Indian journal of veterinary science and animal husbandry - Volume 2,
Year: 1932
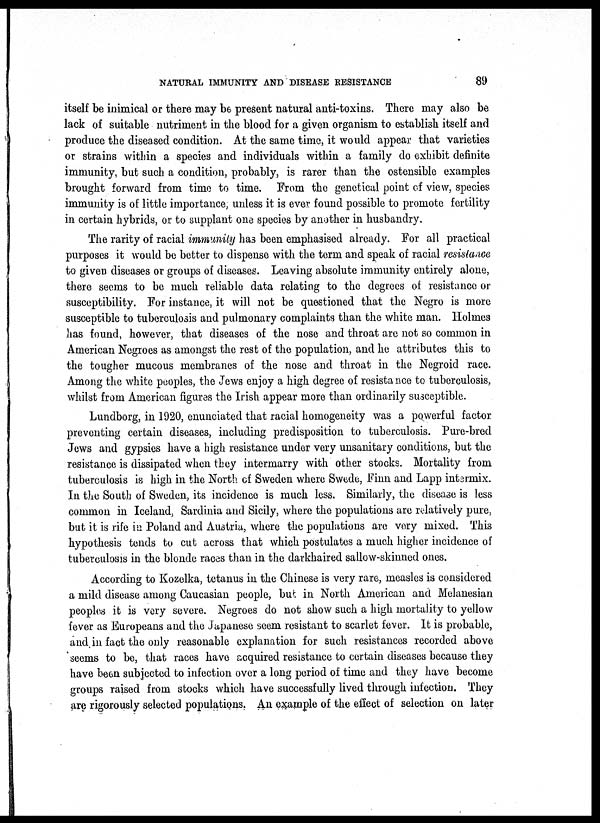
NATURAL IMMUNITY AND DISEASE RESISTANCE
89
itself be inimical or there may be present natural anti-toxins. There may also be
lack of suitable nutriment in the blood for a given organism to establish itself and
produce the diseased condition. At the same time, it would appear that varieties
or strains within a species and individuals within a family do exhibit definite
immunity, but such a condition, probably, is rarer than the ostensible examples
brought forward from time to time. From the genetical point of view, species
immunity is of little importance, unless it is ever found possible to promote fertility
in certain hybrids, or to supplant one species by another in husbandry.
The rarity of racial immunity has been emphasised already. For all practical
purposes it would be better to dispense with the term and speak of racial resistance
to given diseases or groups of diseases. Leaving absolute immunity entirely alone,
there seems to be much reliable data relating to the degrees of resistance or
susceptibility. For instance, it will not be questioned that the Negro is more
susceptible to tuberculosis and pulmonary complaints than the white man. Holmes
has found, however, that diseases of the nose and throat are not so common in
American Negroes as amongst the rest of the population, and he attributes this to
the tougher mucous membranes of the nose and throat in the Negroid race.
Among the white peoples, the Jews enjoy a high degree of resistance to tuberculosis,
whilst from American figures the Irish appear more than ordinarily susceptible.
Lundborg, in 1920, enunciated that racial homogeneity was a powerful factor
preventing certain diseases, including predisposition to tuberculosis. Pure-bred
Jews and gypsies have a high resistance under very unsanitary conditions, but the
resistance is dissipated when they intermarry with other stocks. Mortality from
tuberculosis is high in the North of Sweden where Swede, Finn and Lapp intermix.
In the South of Sweden, its incidence is much less. Similarly, the disease is less
common in Iceland, Sardinia and Sicily, where the populations are relatively pure,
but it is rife in Poland and Austria, where the populations are very mixed. This
hypothesis tends to cut across that which postulates a much higher incidence of
tuberculosis in the blonde races than in the darkhaired sallow-skinned ones.
According to Kozelka, tetanus in the Chinese is very rare, measles is considered
a mild disease among Caucasian people, but in North American and Melanesian
peoples it is very severe. Negroes do not show such a high mortality to yellow
fever as Europeans and the Japanese seem resistant to scarlet fever. It is probable,
and in fact the only reasonable explanation for such resistances recorded above
seems to be, that races have acquired resistance to certain diseases because they
have been subjected to infection over a long period of time and they have become
groups raised from stocks which have successfully lived through infection. They
are rigorously selected populations. An example of the effect of selection on later